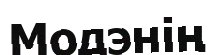
Модэнің